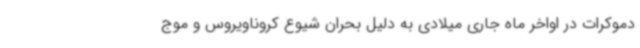
دموکرات در اواخر ماه جاری میلادی به دلیل بحران شیوع کروناویروس و موج